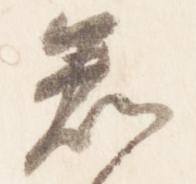
知